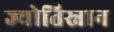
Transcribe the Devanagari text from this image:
ज्योतिस्नान